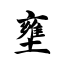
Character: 壅